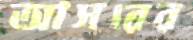
আসরের